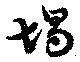
堨